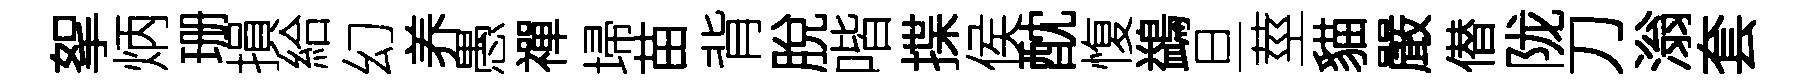
挐炳珊損給幻养愚禪埽苗背脫喈揲侯酖愎鷁旦莖貓嚴僣陇刀滃套